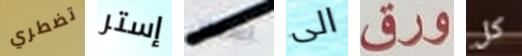
تضطري إستر اسنان الى ورق كل